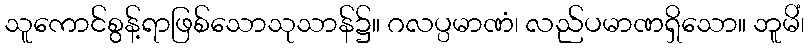
သူကောင်စွန့်ရာဖြစ်သောသုသာန်၌။ ဂလပ္ပမာဏံ၊ လည်ပမာဏရှိသော။ ဘူမိံ၊